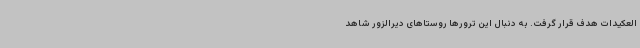
العکیدات هدف قرار گرفت. به دنبال این ترورها روستاهای دیرالزور شاهد